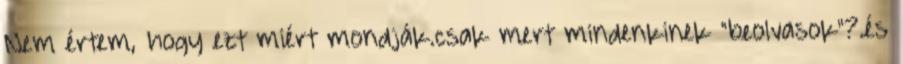
Nem értem, hogy ezt miért mondják.csak mert mindenkinek "beolvasok"?.és